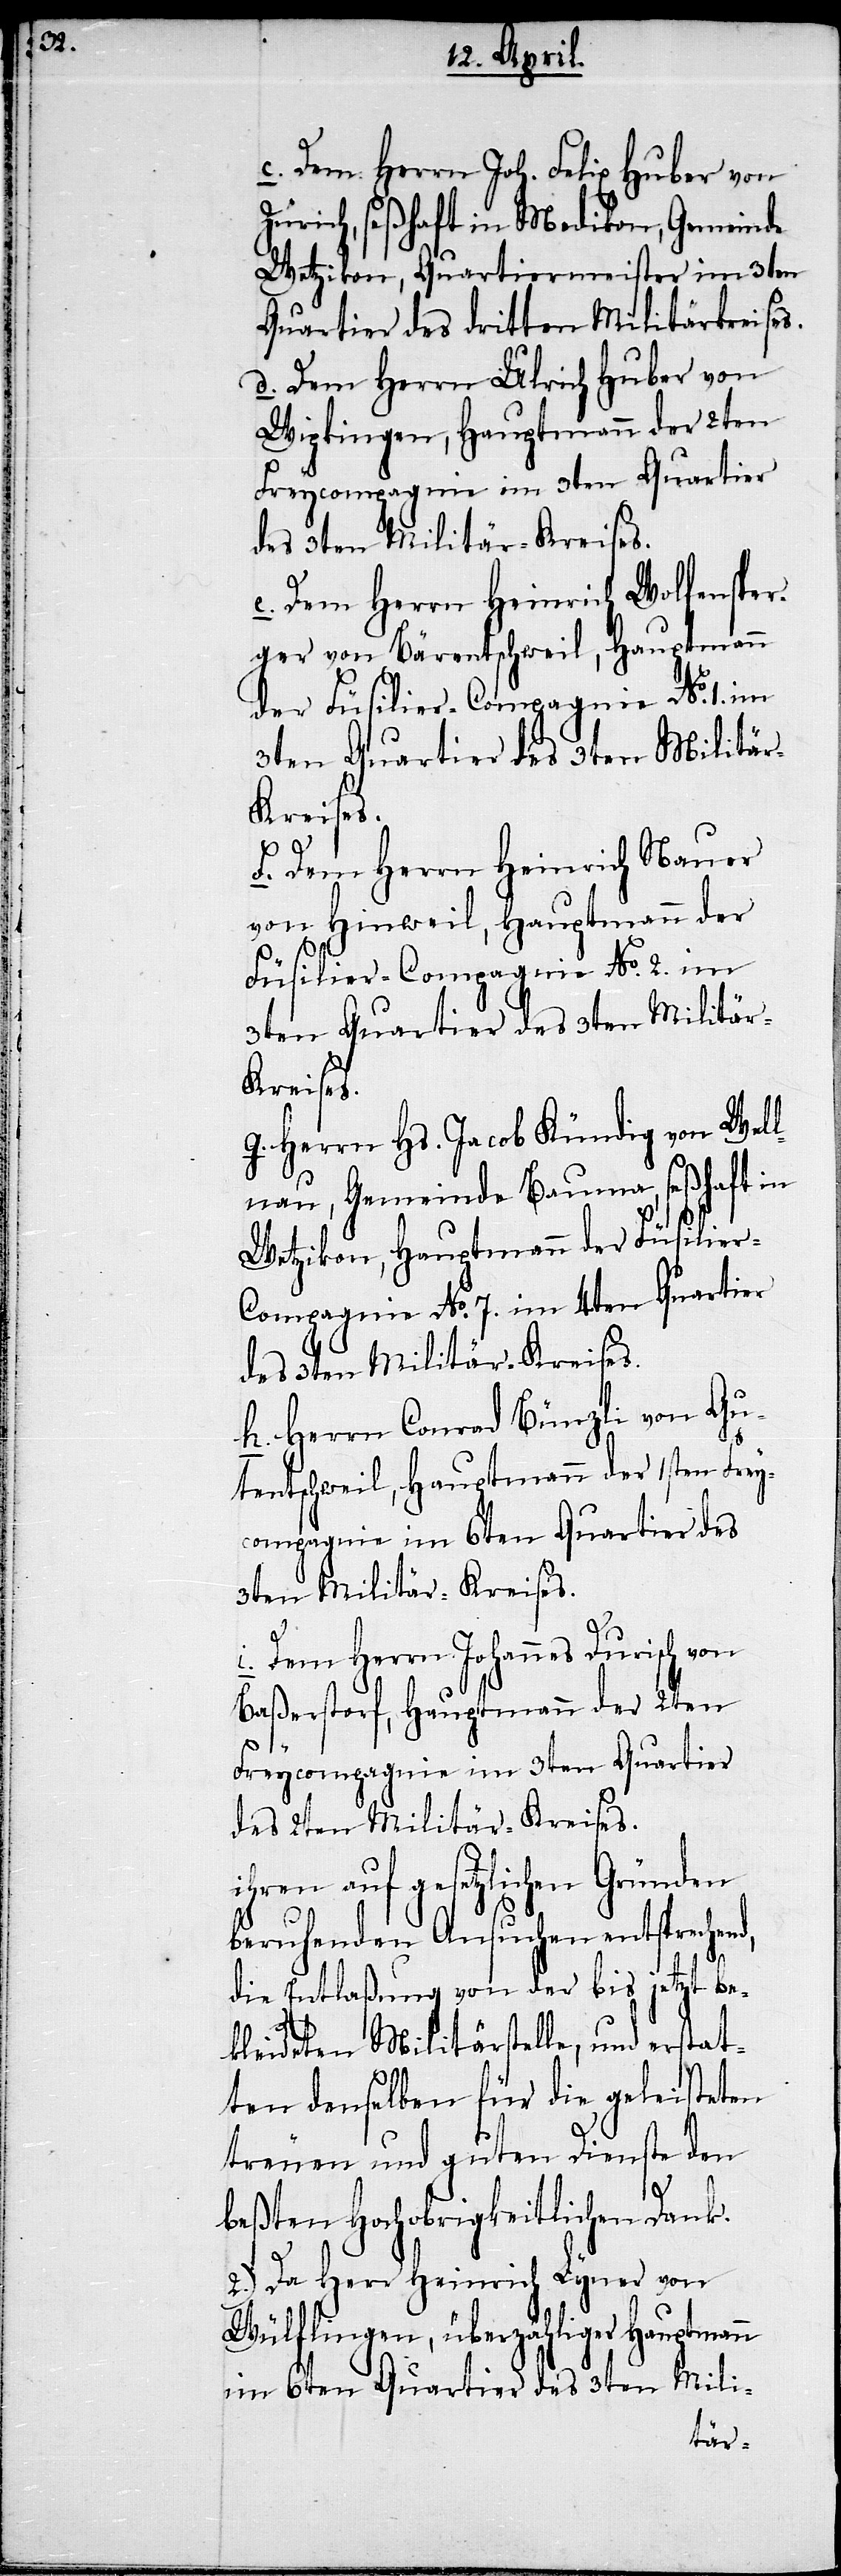
c. Dem Herrn Joh. Felix Huber von
Zürich, seßhaft in Medikon, Gemeinde
Wetzikon, Quartiermeister im 3ten
Quartier des dritten Militärkreises.
d. Dem Herrn Ulrich Huber von
Wipkingen, Hauptmann der 2ten
Freycompagnie im 3ten Quartier
des 3ten Militär-Kreises.
e. Dem Herrn Heinrich Wolfensper¬
ger von Bärentschweil, Hauptmann
f. Dem Herrn Heinrich Nauer
von Hinweil, Hauptmann der
Füsilier-Compagnie No. 2. im
3ten Quartier des 3ten Militär-K¬
reises.
g. Herrn Hs. Jacob Kündig von Wel¬
lnau, Gemeinde Bauma, seßhaft in
Wetzikon, Hauptmann der Füsilier-C¬
ompagnie No. 7. im 4ten Quartier
des 3ten Militär-Kreises.
h. Herrn Conrad Bünzli von Gu¬
tentschweil, Hauptmann der 1sten Frey¬
compagnie im 6ten Quartier des
3ten Militär-Kreises.
Dem Herr Johannes Durisch von
Baßerstorf, Hauptmann der 2ten
Freycompagnie im 3ten Quartier
des 2ten Militär-Kreises.
ihren auf gesetzlichen Gründen
beruhenden Ansuchen entsprechend,
die Entlaßung von der bis jetzt be¬
der
kleideten Militärstelle, und erstat¬
ten denselben für die geleisteten
treuen und guten Dienste den
beßten Hochobrigkeitlichen Dank.
2.) Da Herr Heinrich Lyner von
Wülflingen, überzähliger Hauptmann
im 6ten Quartier des 3ten Mili-